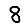
Digit: 8